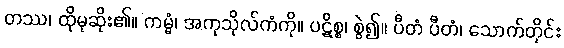
တဿ၊ ထိုမုဆိုး၏။ ကမ္မံ၊ အကုသိုလ်ကံကို။ ပဋိစ္စ၊ စွဲ၍။ ပီတံ ပီတံ၊ သောက်တိုင်း